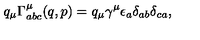
q _ { \mu } \Gamma _ { a b c } ^ { \mu } ( q , p ) = q _ { \mu } \gamma ^ { \mu } \epsilon _ { a } \delta _ { a b } \delta _ { c a } ,